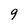
Character: g